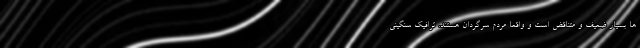
ها بسیار ضعیف و متناقض است و واقعا مردم سرگردان هستند. ترافیک سنگینی